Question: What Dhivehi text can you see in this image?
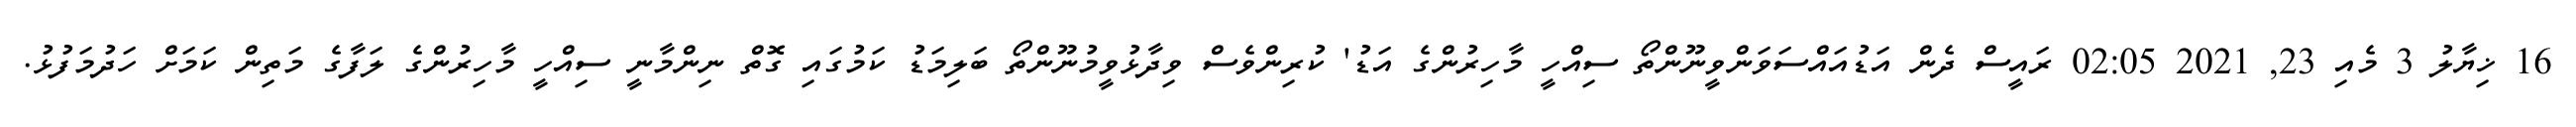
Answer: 16 ޚިޔާލު 3 މެއި 23, 2021 02:05 ރައީސް ދެން އަޑުއައްސަވަންވީނޫންތޯ ސިއްހީ މާހިރުންގެ އަޑު' ކުރިންވެސް ވިދާޅުވީމުނޫންތޯ ބަލިމަޑު ކަމުގައި ގޮތް ނިންމާނީ ސިއްހީ މާހިރުންގެ ލަފާގެ މަތިން ކަމަށް ހަދުމަފުޅު.